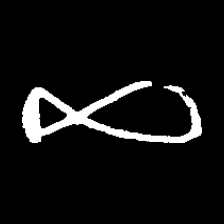
Pyu character \u2014 Myanmar letter: ဆ (romanized: cha)